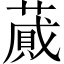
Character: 蕆